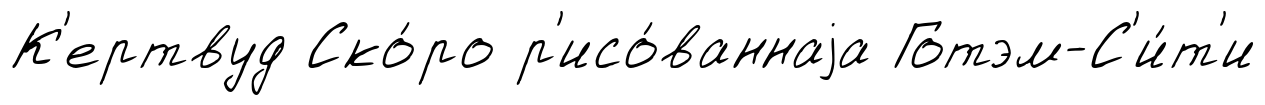
К'ертвуд Ско́ро р'исо́ваннаjа Готэм-С'и́т'и